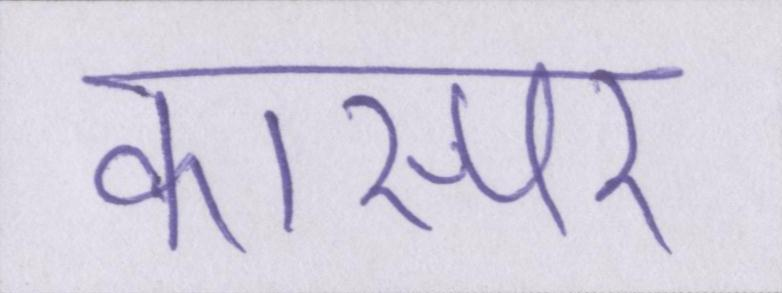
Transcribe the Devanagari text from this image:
कास्पर